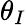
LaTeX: \theta_{I}